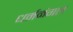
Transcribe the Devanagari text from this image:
धर्ममंगल